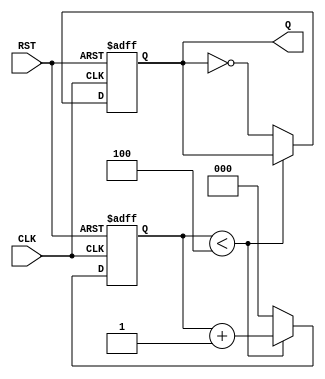
module divide_by_10(Q,CLK,RST);
input CLK, RST;
output Q;
reg Q;
reg [2:0] count;
always @ (posedge CLK or negedge RST)
	begin
		if (~RST)
			begin
				Q <= 1'b0;
				count <= 3'b000;
			end
		else if (count < 4)
			begin 
			 	count <= count+1'b1;
			end
		else 
			begin
				count <= 3'b000;
				Q <= ~Q;
			end
	end
endmodule